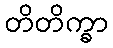
တိတိက္ခာ